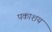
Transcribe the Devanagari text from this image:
पकाशय